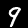
Digit: 9